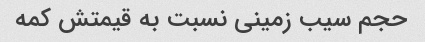
حجم سیب زمینی نسبت به قیمتش کمه